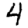
Digit: 4